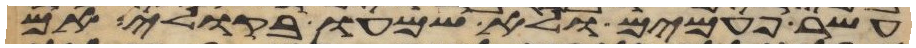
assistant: עשר פעמים ולא שמעו בקולי אם